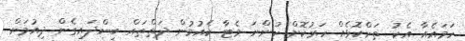
ހަމައެއާ އެކު ތަންކޮޅެއް ހަރުކޮށް ހުންނަ މެޓާ ކެއުމުން ދަތްތައް ބިންދައިގެން ދިއުމަށް